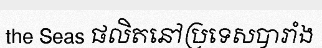
the Seas ផលិតនៅប្រទេសបារាំង